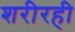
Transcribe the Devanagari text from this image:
शरीरही